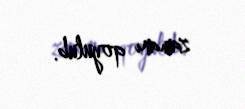
zamanı qoyulub.